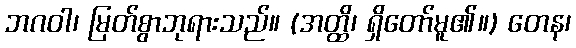
ဘဂဝါ၊ မြတ်စွာဘုရားသည်။ (အတ္ထိ၊ ရှိတော်မူ၏။) တေန၊